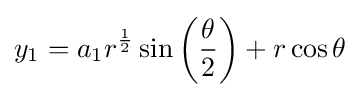
y_{1}=a_{1}r^{\frac {1}{2}}\sin \left({\frac {\theta }{2}}\right)+r\cos \theta